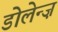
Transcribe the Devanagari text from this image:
डोलेन्ज़